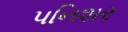
પનિશર